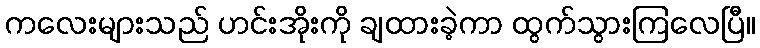
ကလေးများသည် ဟင်းအိုးကို ချထားခဲ့ကာ ထွက်သွားကြလေပြီ။